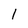
Character: 1